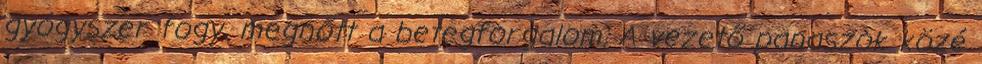
gyógyszer fogy, megnőtt a betegforgalom. A vezető panaszok közé